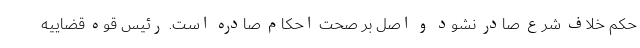
حکم خلاف شرع صادر نشود و اصل بر صحت احکام صادره است. رئیس قوه قضاییه